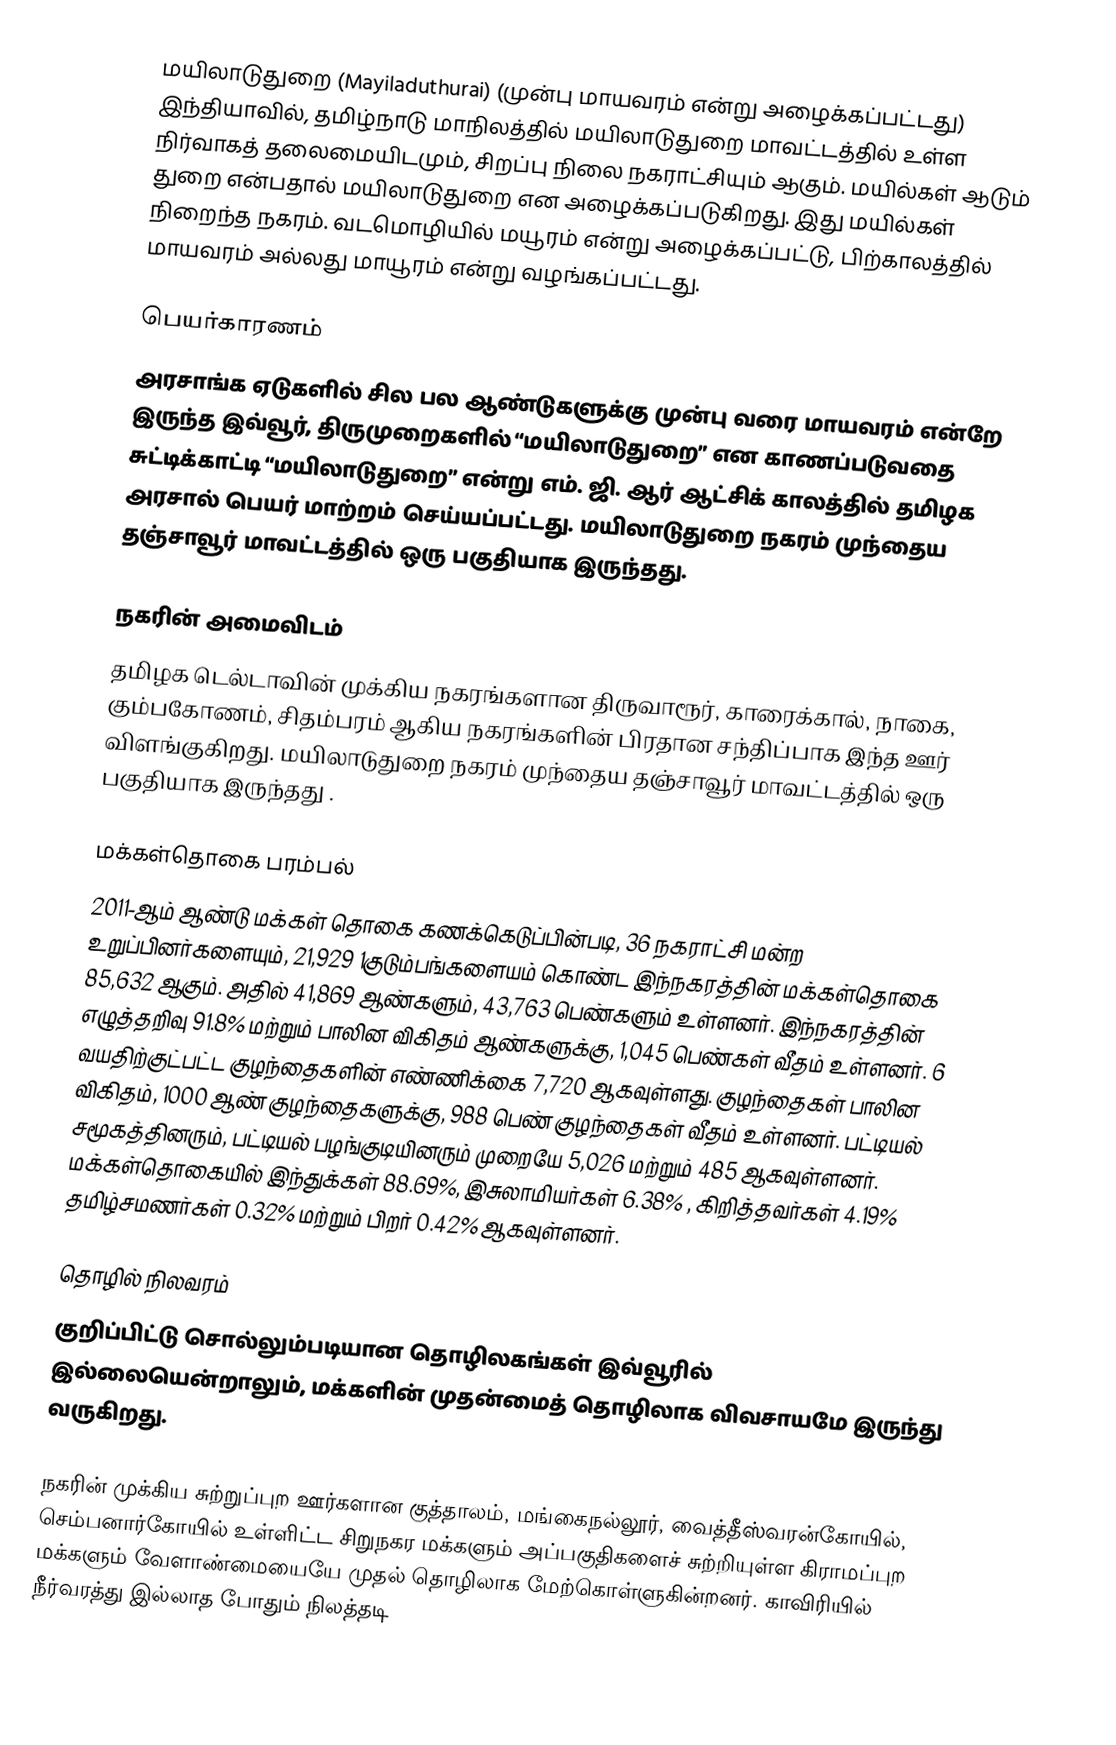
மயிலாடுதுறை (Mayiladuthurai) (முன்பு மாயவரம் என்று அழைக்கப்பட்டது) இந்தியாவில், தமிழ்நாடு மாநிலத்தில் மயிலாடுதுறை மாவட்டத்தில் உள்ள நிர்வாகத் தலைமையிடமும், சிறப்பு நிலை நகராட்சியும் ஆகும். மயில்கள் ஆடும் துறை என்பதால் மயிலாடுதுறை என அழைக்கப்படுகிறது. இது மயில்கள் நிறைந்த நகரம். வடமொழியில் மயூரம் என்று அழைக்கப்பட்டு, பிற்காலத்தில் மாயவரம் அல்லது மாயூரம் என்று வழங்கப்பட்டது.

பெயர்காரணம்
அரசாங்க ஏடுகளில் சில பல ஆண்டுகளுக்கு முன்பு வரை மாயவரம் என்றே இருந்த இவ்வூர், திருமுறைகளில் “மயிலாடுதுறை” என காணப்படுவதை சுட்டிக்காட்டி “மயிலாடுதுறை” என்று எம். ஜி. ஆர் ஆட்சிக் காலத்தில் தமிழக அரசால் பெயர் மாற்றம் செய்யப்பட்டது. மயிலாடுதுறை நகரம் முந்தைய தஞ்சாவூர் மாவட்டத்தில் ஒரு பகுதியாக இருந்தது.

நகரின் அமைவிடம்
தமிழக டெல்டாவின் முக்கிய நகரங்களான திருவாரூர், காரைக்கால், நாகை, கும்பகோணம், சிதம்பரம் ஆகிய நகரங்களின் பிரதான சந்திப்பாக இந்த ஊர் விளங்குகிறது. மயிலாடுதுறை நகரம் முந்தைய தஞ்சாவூர் மாவட்டத்தில் ஒரு பகுதியாக இருந்தது .

மக்கள்தொகை பரம்பல்
2011-ஆம் ஆண்டு மக்கள் தொகை கணக்கெடுப்பின்படி, 36 நகராட்சி மன்ற உறுப்பினர்களையும், 21,929  1குடும்பங்களையம் கொண்ட இந்நகரத்தின் மக்கள்தொகை 85,632  ஆகும். அதில் 41,869 ஆண்களும், 43,763 பெண்களும் உள்ளனர். இந்நகரத்தின் எழுத்தறிவு 91.8% மற்றும் பாலின விகிதம் ஆண்களுக்கு, 1,045 பெண்கள் வீதம் உள்ளனர். 6 வயதிற்குட்பட்ட குழந்தைகளின் எண்ணிக்கை 7,720 ஆகவுள்ளது. குழந்தைகள் பாலின விகிதம், 1000 ஆண் குழந்தைகளுக்கு, 988 பெண் குழந்தைகள் வீதம் உள்ளனர். பட்டியல் சமூகத்தினரும், பட்டியல் பழங்குடியினரும் முறையே 5,026 மற்றும் 485 ஆகவுள்ளனர். மக்கள்தொகையில் இந்துக்கள் 88.69%,  இசுலாமியர்கள் 6.38% , கிறித்தவர்கள் 4.19% தமிழ்சமணர்கள் 0.32% மற்றும்  பிறர் 0.42% ஆகவுள்ளனர்.

தொழில் நிலவரம்
குறிப்பிட்டு சொல்லும்படியான தொழிலகங்கள் இவ்வூரில் இல்லையென்றாலும், மக்களின் முதன்மைத் தொழிலாக விவசாயமே இருந்து வருகிறது.

நகரின் முக்கிய சுற்றுப்புற ஊர்களான குத்தாலம், மங்கைநல்லூர், வைத்தீஸ்வரன்கோயில், செம்பனார்கோயில் உள்ளிட்ட சிறுநகர மக்களும் அப்பகுதிகளைச் சுற்றியுள்ள கிராமப்புற மக்களும் வேளாண்மையையே முதல் தொழிலாக மேற்கொள்ளுகின்றனர். காவிரியில் நீர்வரத்து இல்லாத போதும் நிலத்தடி